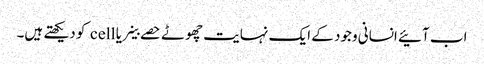
اب آئیے انسانی وجود کے ایک نہایت چھوٹے حصے خلیے یا cell کو دیکھتے ہیں۔